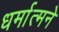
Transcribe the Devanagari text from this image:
धर्मात्मने